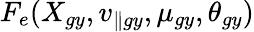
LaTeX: F_{e}(X_{gy},v_{\parallel gy},\mu_{gy},\theta_{gy})